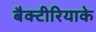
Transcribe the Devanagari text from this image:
बैक्टीरियाके